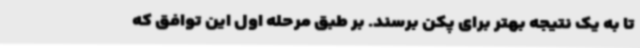
تا به یک نتیجه بهتر برای پکن برسند. بر طبق مرحله اول این توافق که